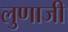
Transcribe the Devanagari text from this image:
लुणाजी